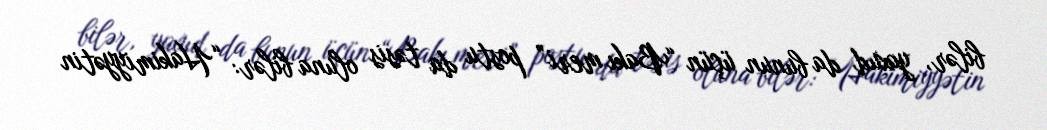
bilər, yaxud da bunun üçün “Bakı meri” postu da təsis oluna bilər: “Hakimiyyətin